Vaike-Kullamaa_(Vaikna)_vallavalitsus, lk 20
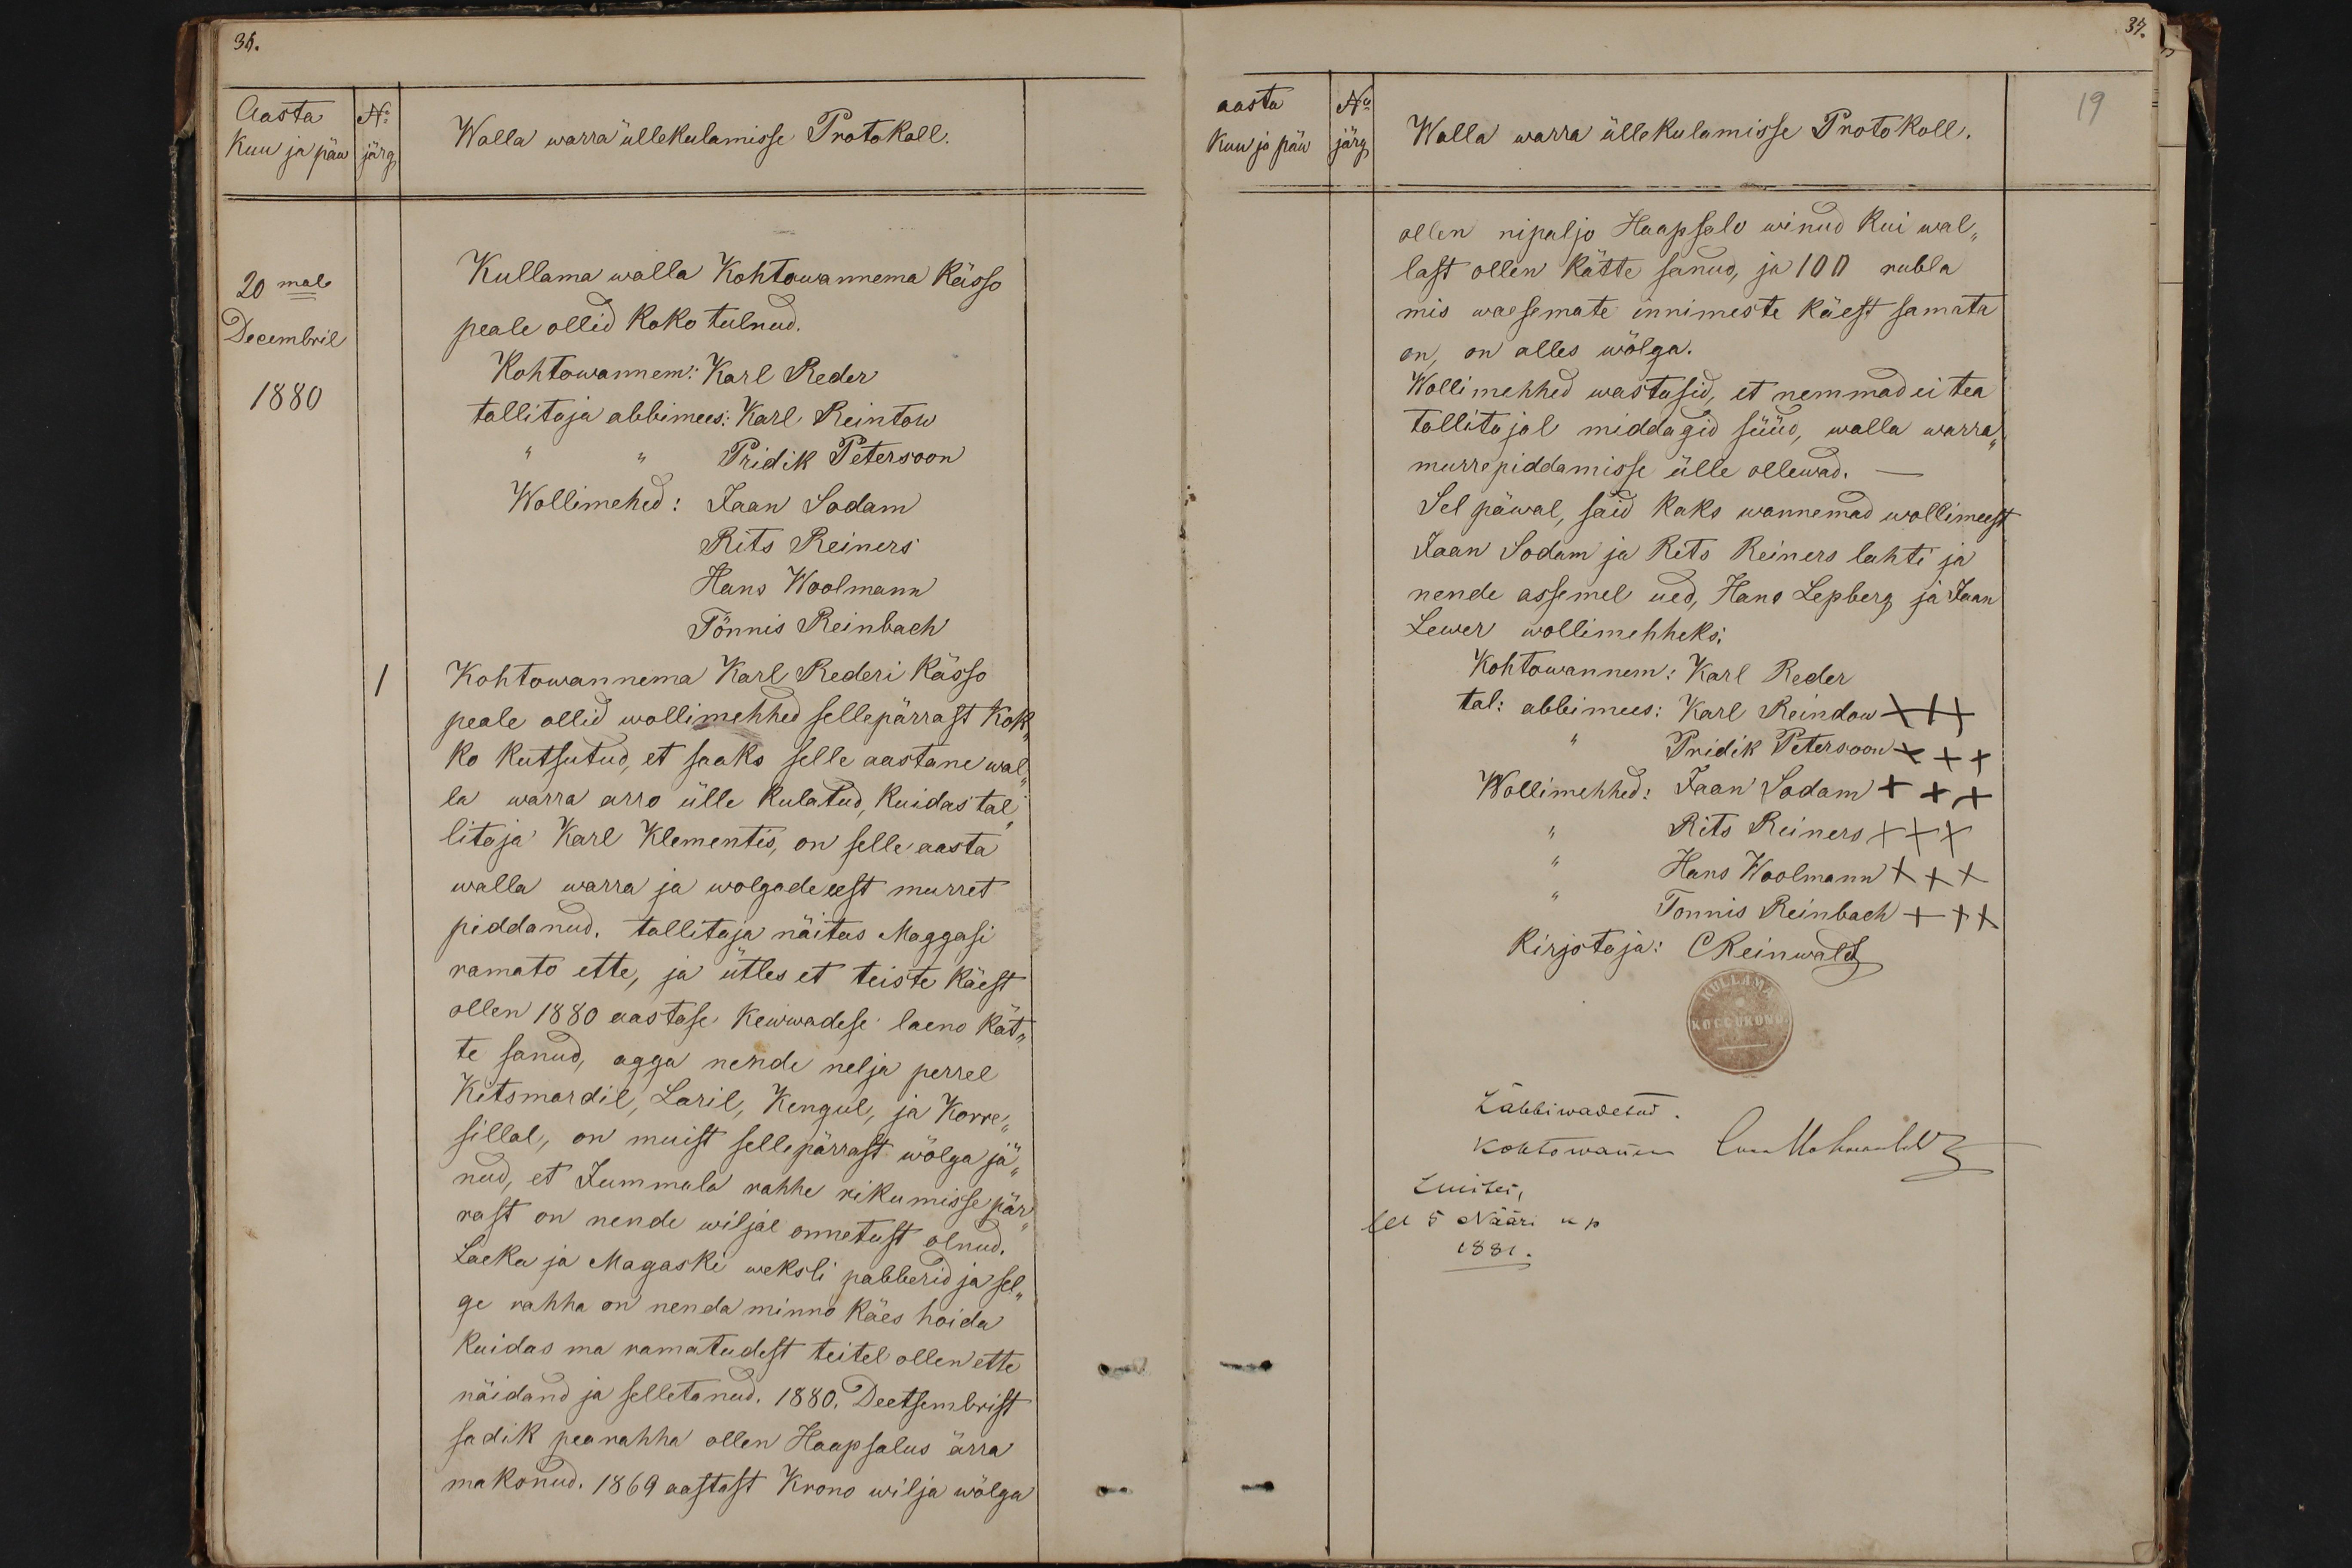
36.
Aasta No
kuu ja päw järg
Walla warra üllekulamisse Protokoll.
20mal
Kullama walla Kohtawannema Kässo
Decembril
peale ollid koko tulnud.
Kohtowannem: Karl Reder
1880
tallitaja abbimees: Karl Reintow
Pridik Peterson
Wollimehed: Jaan Sodam
Rits Reiners
Hans Woolmann
Tönnis Reinbach
1
Kohtowannema Karl Rederi Kässo
peale ollid wollimehhed sellepärrast kok-
ko kutsutud, et saaks selle aastane wal
la warra arro ülle kulatud, kuidas tal
litaja Karl Klementis, on selle aasta
walla warra ja wõlgade eest murret
piddanud. tallitaja näitas Maggasi
ramato ette, ja ütles et teiste käest
ollen 1880 aastase kewwadise laeno kat-
te sanud, agga nende nelja perrel
Kitsmardil, Laril, Kengul, ja Korre-
sillal, on muist sellepärrast wölga ja
nud, et Jummala rahhe rikumisse pär-
rast on nende wiljal onnetust olnud.
Laeka ja Magaski weksli paberid ja sel-
ge rahha on nenda minno käes hoida
kuidas ma ramatudest teitel ollen ette
näidand ja selletanud. 1880. Deetsembrist
sadik pearahha ollen Haapsalus ärra
maksnud. 1869 aastast Krono wilja wölga

aasta No
19
kuu ja päew järg
Walla warra üllekulamisse Protokoll.
ollen nipaljo Haapsalo winud kui wal-
last ollen kätte sanud, ja 100 rubla
mis waesemate innimeste käest samata
on, on alles wölga.
Wollimehhed wastusid, et nemmad ei tea
tallitajal middagid süüd, walla warra-
murrepiddamisse ülle ollewad.
Sel päwal, said kaks wannemad wollimeest
Jaan Sodam ja Rits Reiners lahti ja
nende assemel ued, Hans Lepberg ja Jaan
Lewer wollimehheks.
Kohtawannem: Karl Reder
tal: abbimees: Karl Reindow XXX
Pridik Peterson XXX
Wollimehhed: Jaan Sodam +++
Rits Reiners XXX
Hans Woolmann XXX
Tonnis Reinbach +++
Kirjotaja: CReinwald
Läbbiwadetud.
kohtowannem luu Mahmanda
Ennitei
sel 5 Nääri k.p.
1881.